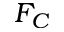
F _ { C }